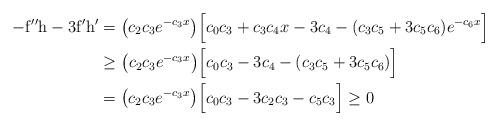
LaTeX: \begin{align*}-\mathrm{f}''\mathrm{h}- 3\mathrm{f}'\mathrm{h}'&= \big(c_2c_3 e^{-c_3x}\big) \Big[c_0c_3+ c_3c_4x- 3c_4- (c_3c_5+ 3c_5c_6)e^{-c_6x}\Big] \\&\geq \big(c_2c_3 e^{-c_3x}\big) \Big[c_0c_3- 3c_4- (c_3c_5+ 3c_5c_6)\Big] \\&= \big(c_2c_3 e^{-c_3x}\big) \Big[c_0c_3- 3c_2c_3- c_5c_3\Big]\geq 0 \end{align*}